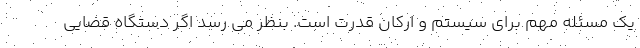
یک مسئله مهم برای سیستم و ارکان قدرت است. بنظر می رسد اگر دستگاه قضایی